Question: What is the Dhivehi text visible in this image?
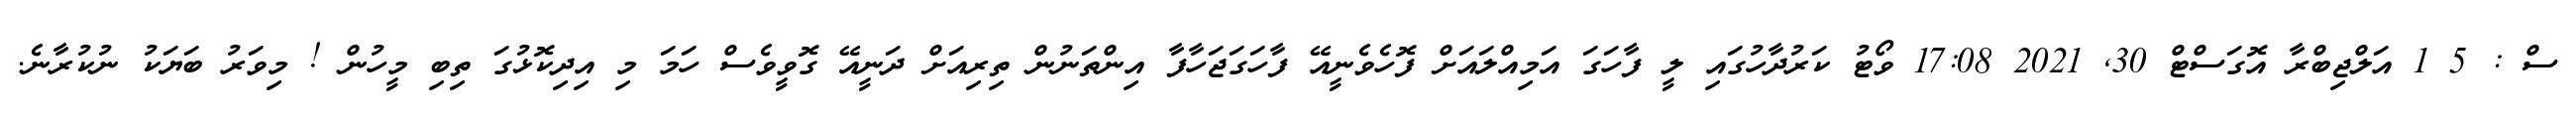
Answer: ސް : 5 1 އަލްޖިބްރާ އޮގަސްޓް 30, 2021 17:08 ވޯޓު ކަރުދާހުގައި ލީ ފާހަގަ އަމިއްލައަށް ފޮހެވެނީއޭ ފާހަގަޖަހާފާ އިންތަނުން ތިރިއަށް ދަނީއޭ ގޮވީވެސް ހަމަ މި އިދިކޮޅުގަ ތިބި މީހުން ! މިވަރު ބަޔަކު ނުކުރާނެ.